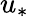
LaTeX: u_{\ast}